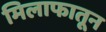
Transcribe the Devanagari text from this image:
मिलाफातून